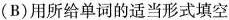
(B)用所给单词的适当形式填空